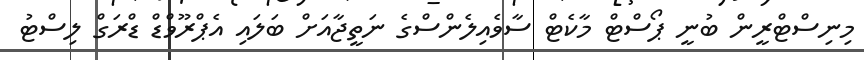
މިނިސްޓްރީން ބުނީ ޕޯސްޓް މާކެޓް ސާވެއިލެންސްގެ ނަތީޖާއަށް ބަލައި އެޕްރޫވްޑް ޑްރަގް ލިސްޓު